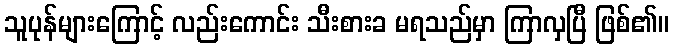
သူပုန်များကြောင့် လည်းကောင်း သီးစားခ မရသည်မှာ ကြာလှပြီ ဖြစ်၏။